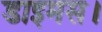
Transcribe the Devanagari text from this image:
डाइमस।